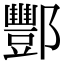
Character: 酆